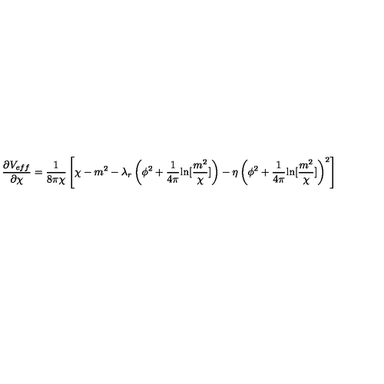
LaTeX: \frac { \partial V _ { e f f } } { \partial \chi } = \frac { 1 } { 8 \pi \chi } \left[ \chi - m ^ { 2 } - \lambda _ { r } \left( \phi ^ { 2 } + \frac { 1 } { 4 \pi } { \ln } [ \frac { m ^ { 2 } } { \chi } ] \right) - \eta \left( \phi ^ { 2 } + \frac { 1 } { 4 \pi } { \ln } [ \frac { m ^ { 2 } } { \chi } ] \right) ^ { 2 } \right]